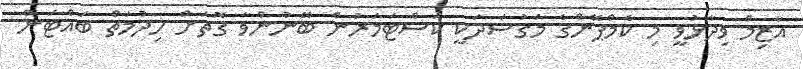
އާޒިމް ވިދާޅުވީ މި ކެމްޕޭންގެ މަގުސަދަކީ ކަސްޓަމަރުން ބޭނުންވާ ގޮތަށް ހިދުމަތް ބައްޓަން